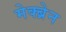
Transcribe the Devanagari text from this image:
मेक्ब्रेन